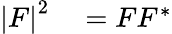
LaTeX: \begin{array}{rl}{\left\vert F\right\vert^{2}}&{{}=FF^{\ast}}\end{array}